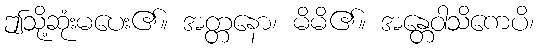
ဤသို့ဆုံးမပေး၏။ အတ္တနော၊ မိမိ၏။ အန္တေဝါသိကေပိ၊